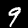
Digit: 9